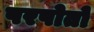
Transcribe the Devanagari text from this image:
परपोतो